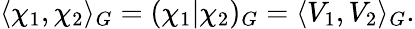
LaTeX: \langle\chi_{1},\chi_{2}\rangle_{G}=(\chi_{1}|\chi_{2})_{G}=\langle V_{1},V_{2}\rangle_{G}.